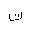
Letter: _ta